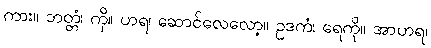
ကား။ ဘတ္တံ၊ ကို။ ဟရ၊ ဆောင်လေလော့။ ဥဒကံ၊ ရေကို။ အာဟရ၊